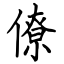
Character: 僚